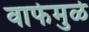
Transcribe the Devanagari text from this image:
वाफेमुळे